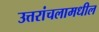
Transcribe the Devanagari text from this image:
उत्तरांचलामधील